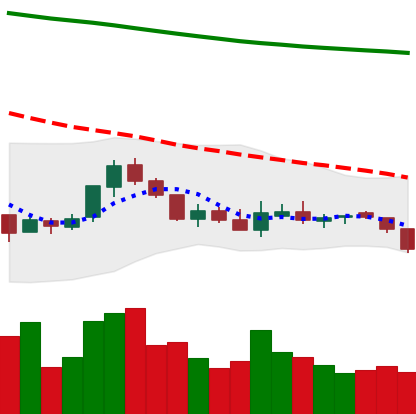
Ticker: NEO-USD
Chart end date: 2018-07-31
Forward return: -8.678%
Label: down_7plus